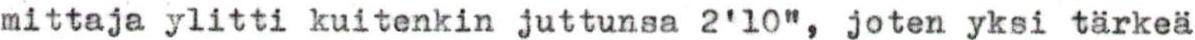
mittaja ylitti kuitenkin juttunsa 2'10", joten yksi tärkeä